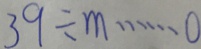
3 9 \div m \cdots 0